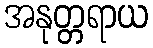
အနုတ္တရာယ